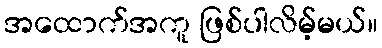
အထောက်အကူ ဖြစ်ပါလိမ့်မယ်။